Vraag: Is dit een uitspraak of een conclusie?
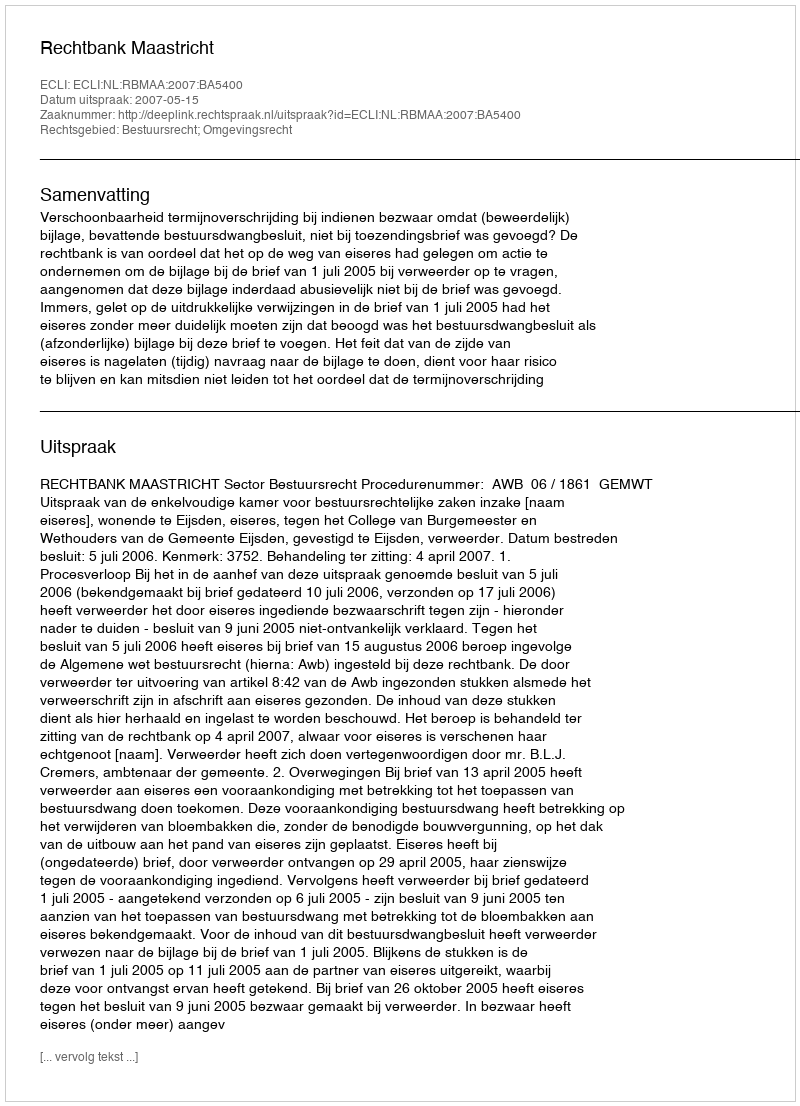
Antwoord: Uitspraak